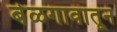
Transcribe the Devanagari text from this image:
बेळगावातून